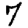
Digit: 7